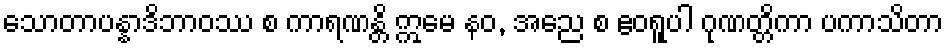
သောတာပန္နာဒိဘာဝဿ စ ကာရဏန္တိ ဣမေ နဝ, အညေ စ ဧဝရူပါ ဂုဏတ္တိကာ ပကာသိတာ